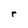
Character: r